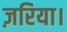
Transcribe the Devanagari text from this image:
ज़रिया।